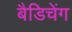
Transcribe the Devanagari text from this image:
बैडिचेंग